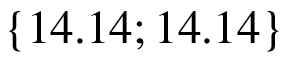
\{ 1 4 . 1 4 ; 1 4 . 1 4 \}